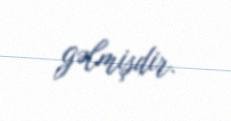
gəlmişdir.